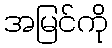
အမြင်ကို